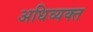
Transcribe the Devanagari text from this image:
अधिव्यक्त